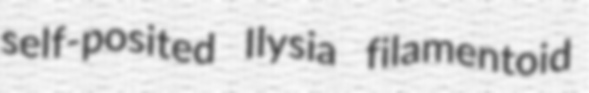
self-posited Ilysia filamentoid